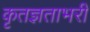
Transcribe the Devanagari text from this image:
कृतज्ञताभरी